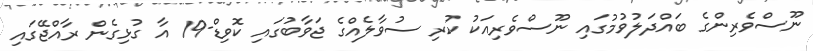
ނޫސްވެރިންގެ ބައްދަލުވުމުގައި ނޫސްވެރިއަކު ކުރި ސުވާލެއްގެ ޖަވާބުގައި ކޮވިޑް-19 އާ ގުޅިގެން ރާއްޖޭގައި